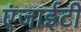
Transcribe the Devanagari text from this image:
एंजाईटी